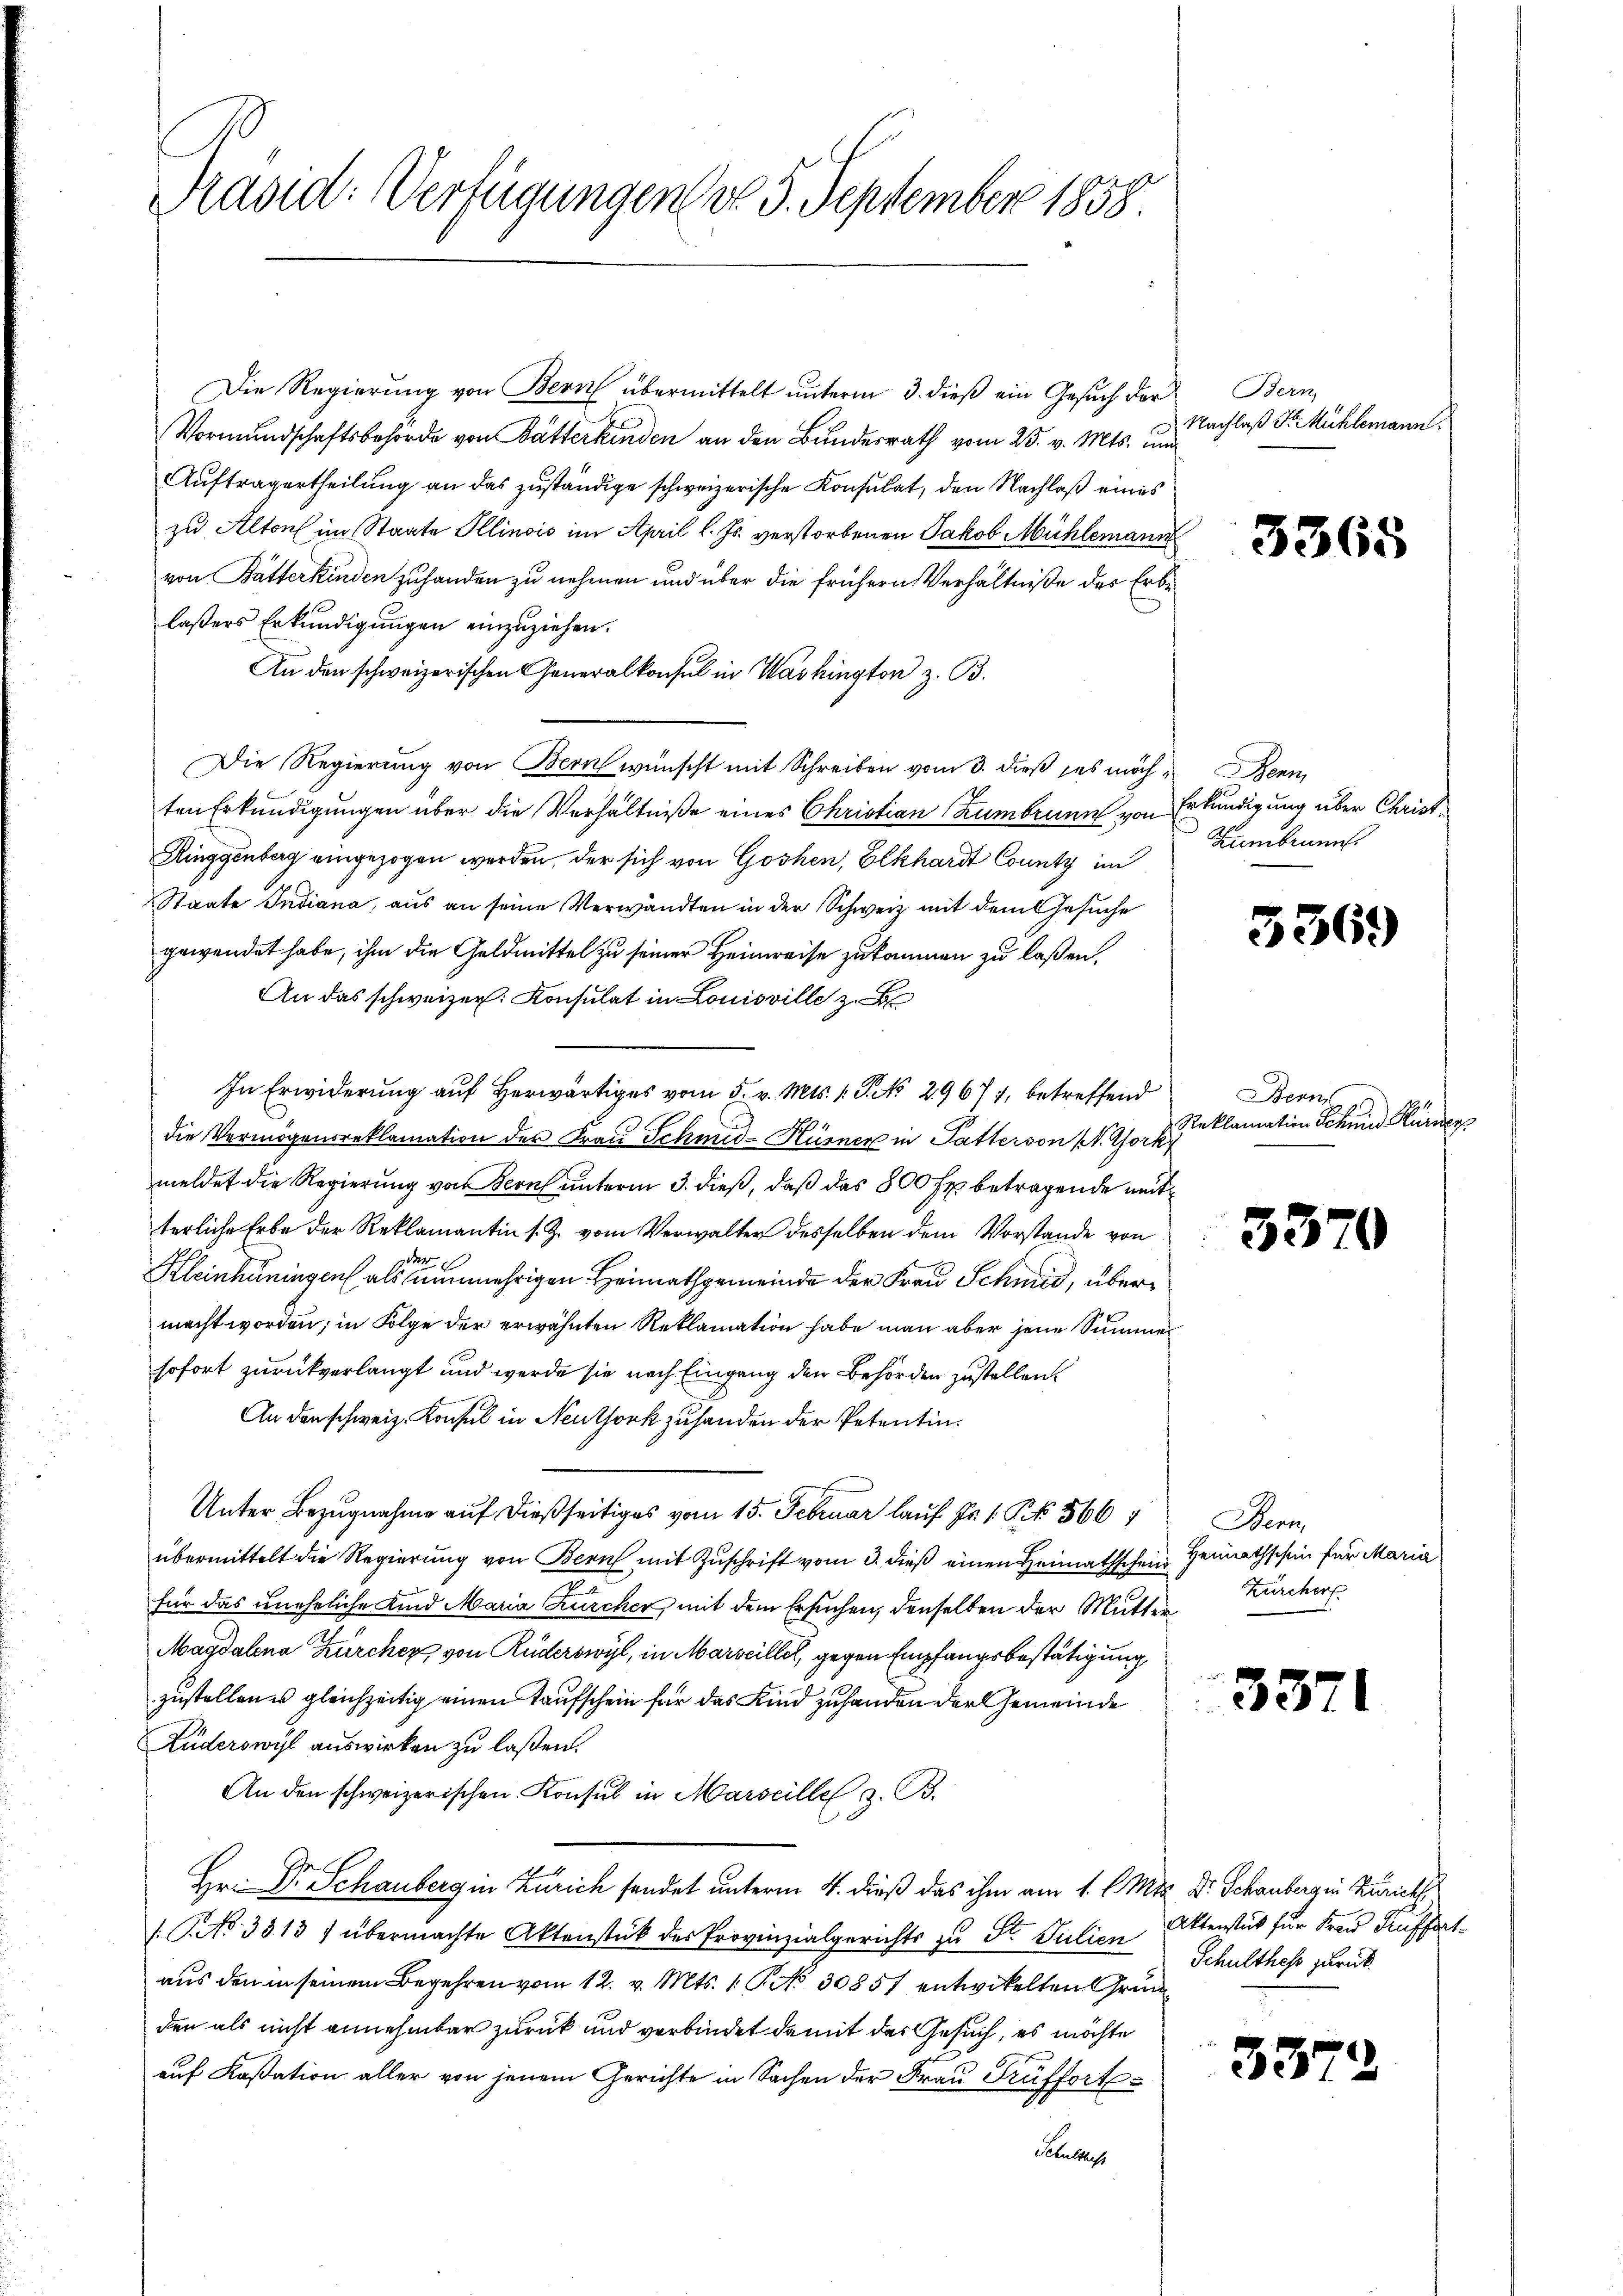
Präsid. Verfügungen do 5. September 1838.

Die Regierung von Bern übermittelt unterm 3. dieß ein Gesuch der
Vormundschaftsbehörde von Butterkinden an den Bundesrath vom 25. v. Mts. und
Auftragertheilung an das zuständige schweizerische Konsulat, den Nachlaß eines
zu Alton im Staate Illinois im April l. Js. verstorbenen Jakob Mühlemann
von Butterkinden zuhanden zu nehmen und über die frühern Verhältniße des Erblasers Erkundigungen einzuziehen.
An den schweizerischen Generalkonsul in Washington z. B.
Die Regierung von Bern wünscht mit Schreiben vom 3. dieß es möch¬Denn
ten Erkundigungen über die Verhältniße eines Christian Zumbrunn von Erkundigung über Christ¬
Ringgenberg eingezogen werden, der sich von Goshen, Elkhardt County im
Staate Indiana, aus an seine Verwandten in der Schweiz mit dem Gesuche
gewendet habe, ihm die Geldmittel zu seiner Heimreise zukommen zu laßen,
An das schweizer. Konsulat in Louisville z.
In Erwiderung auf herwärtiges vom 5. v. Mts. 1. P. No 29677, betreffend
die Vermögensreklamation der Frau Schmid-Hüsner in Patterson (T. Gork
meldet die Regierung von Bern unterm 3. dieß, daß das 800 fl betragende mit
terliche Erbe der Reklamantin s. Z. vom Verwalter desselben dem Vorstände von
Kleinhuningen als einen nunmehrigen Heimathgemeinde der Frau Schmid, übermacht worden; in Folge der erwähnten Reklamation habe man aber jene Summer
sofort zurückverlangt und werde sie nach Eingang den Behörden zustellen.
An den schweiz. Konsul in Neuthork zuhanden der Petentin.
Unter Bezugnahme auf dießseitiges vom 15. Februar lauf Fr. 1 Pf. 566
übermittelt die Regierung von Bern mit Zuschrift vom 3. dieß einen Heimathscheid
für das uneheliche Kind Maria Kircher mit dem Ersuchen, denselben der Mutter
Magdalena Kircher von Rüderswyl, in Marseillet, gegen Empfangsbestätigung
zustellen u gleichzeitig einen Taufschein für das Kind zuhanden der Gemeinde
Zuderswyl auswirken zu laßen.
An den schweizerischen Konsul in Marseille z. B.
Hr. Dr. Schauberg in Zürich sendet unterm 4. dieß das ihm am 1. l. Mts. Dr Schauberg in Zürich
P.NNo. 3313 / übermachte Aktenstück des Provinzialgerichts zu St. Julien Aktenstät für Frau Kuffert
aus den in seinem Begehren vom 12. v. Mts. 1. P. No 30857 entwickelten Grund
den als nicht annehmbar zurück und verbindet damit des Gesuch, es möchte
auf Kassation aller von jenem Gerichte in Sachen der Frau Prüffort¬
Schulthes

Bern,
Nachlaß Sr. Mühlemann.

3365.

Kumbrunn

3369

Bern
Reklamation Schmid Kurner

3370

Bern,
Heimathschein für Maria
Zürcher

3371

337

Schulthess zurück.

.